Ambla_Vallakohus, lk 3
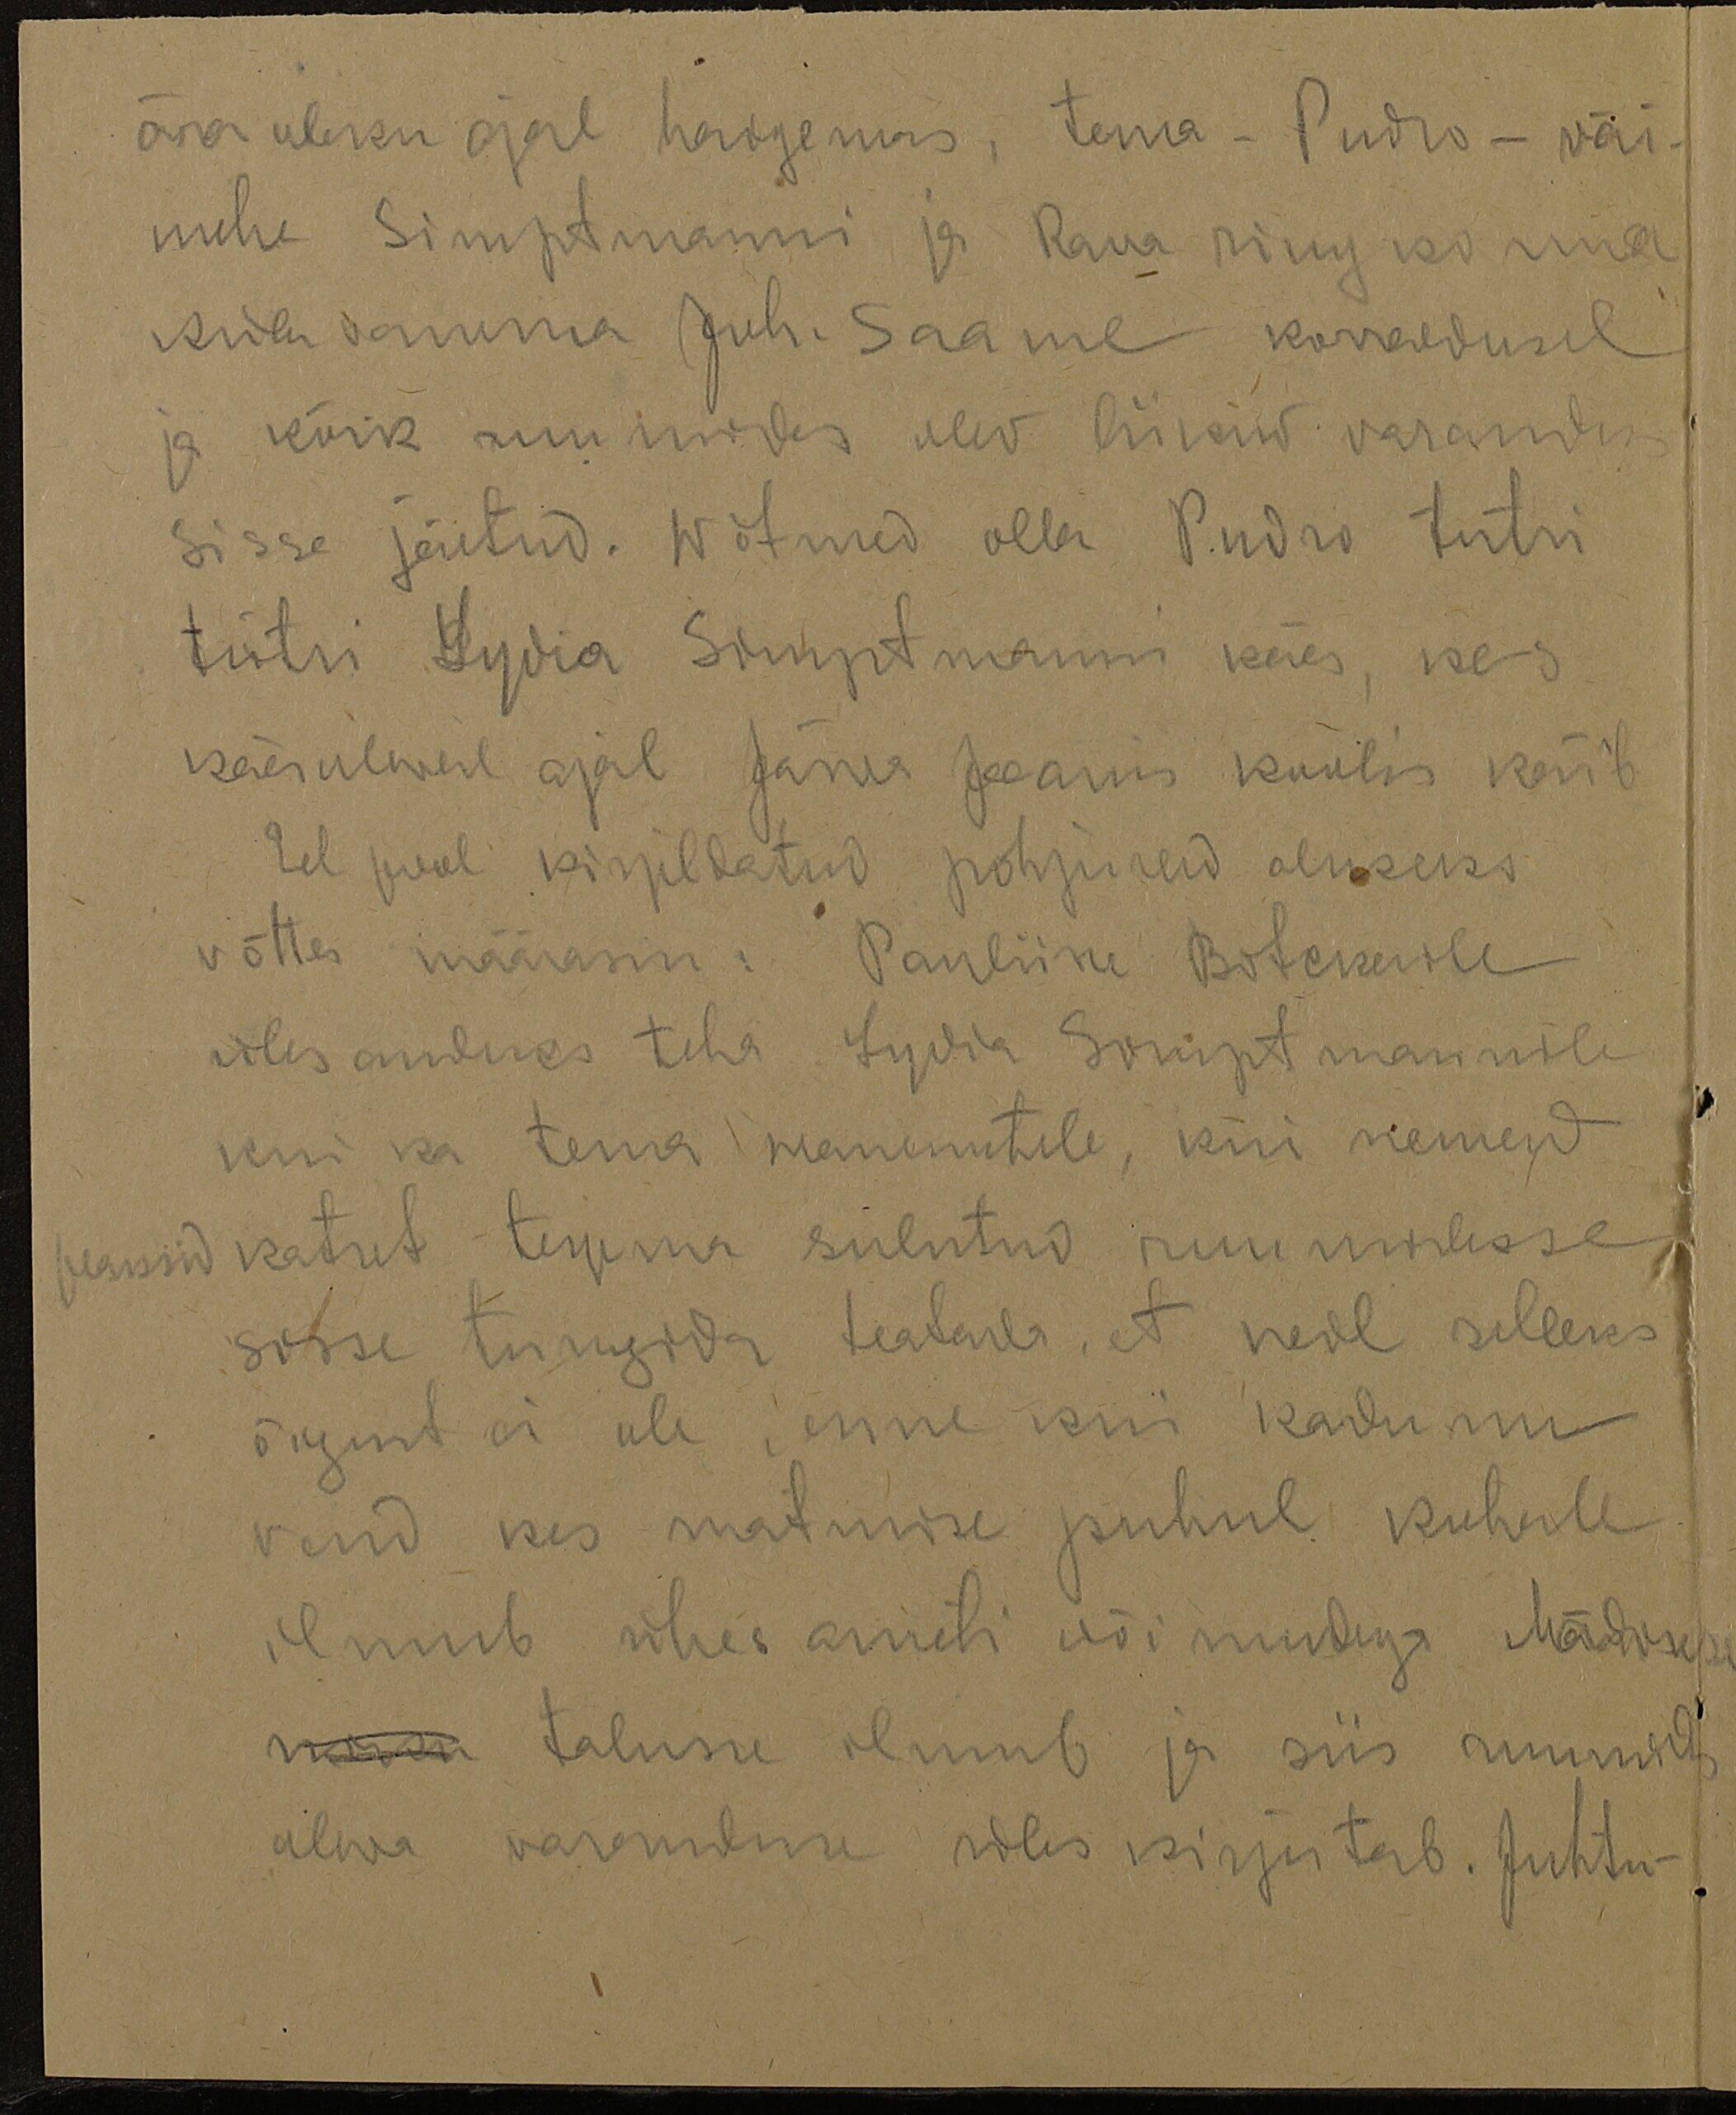
ära oleku ajal haigemas, tema - Pudro - väi-
mehe Simptmanni ja Raua ringkonna
küla vanema Juh. Saame korraldusel
ja kõik ruumides olev liikuw varandus
sisse jäetud. Wõtmed olla Pudro tütre
tütre Lydia Simptmanni käes, kes
käesolewal aja Järwa Jaanis koolis käib
Sel pool kirjeldatud põhjuseid aluseks
võttes määrasin: Pauliine Botckerile
üles anduks teha Lydia Simptmannile
kui ka tema wanematele, kiri nemad
peaksid katset tegema suletud ruumidesse
sisse tungida teatadas, et neil selleks
õigust ei ole, enne kui kadunud
vend kes matmise puhul kohale
ilmub ühes ameti wõi midagi Mädisse
min talusse ilmub ja siis ruumides
olewa waranduse ülas kirjutab. Juhtu-